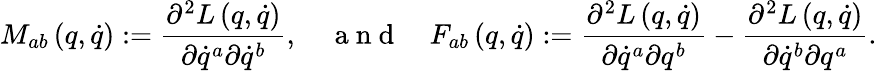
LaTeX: M_{ab}\left(q,\dot{q}\right):=\frac{\partial^{2}L\left(q,\dot{q}\right)}{\partial\dot{q}^{a}\partial\dot{q}^{b}},\quad\mathrm{~a~n~d~}\quad F_{ab}\left(q,\dot{q}\right):=\frac{\partial^{2}L\left(q,\dot{q}\right)}{\partial\dot{q}^{a}\partial q^{b}}-\frac{\partial^{2}L\left(q,\dot{q}\right)}{\partial\dot{q}^{b}\partial q^{a}}.